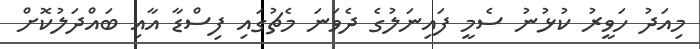
މިއަދު ހަވީރު ކުޅުނު ސެމީ ފައިނަލުގެ ދެވަނަ މެޗުގައި ފިސްޑާ އާއި ބައްދަލުކޮށް